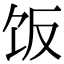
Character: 饭